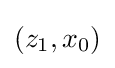
(z_{1},x_{0})